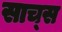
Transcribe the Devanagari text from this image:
साच्स